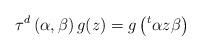
LaTeX: \begin{align*}\tau^d\left(\alpha, \beta\right)g(z) = g\left({ }^t\alpha z \beta\right)\end{align*}